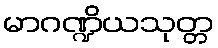
မာဂဏ္ဍိယသုတ္တ